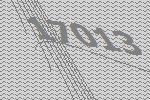
17013